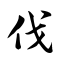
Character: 伐